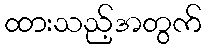
ထားသည့်အတွက်